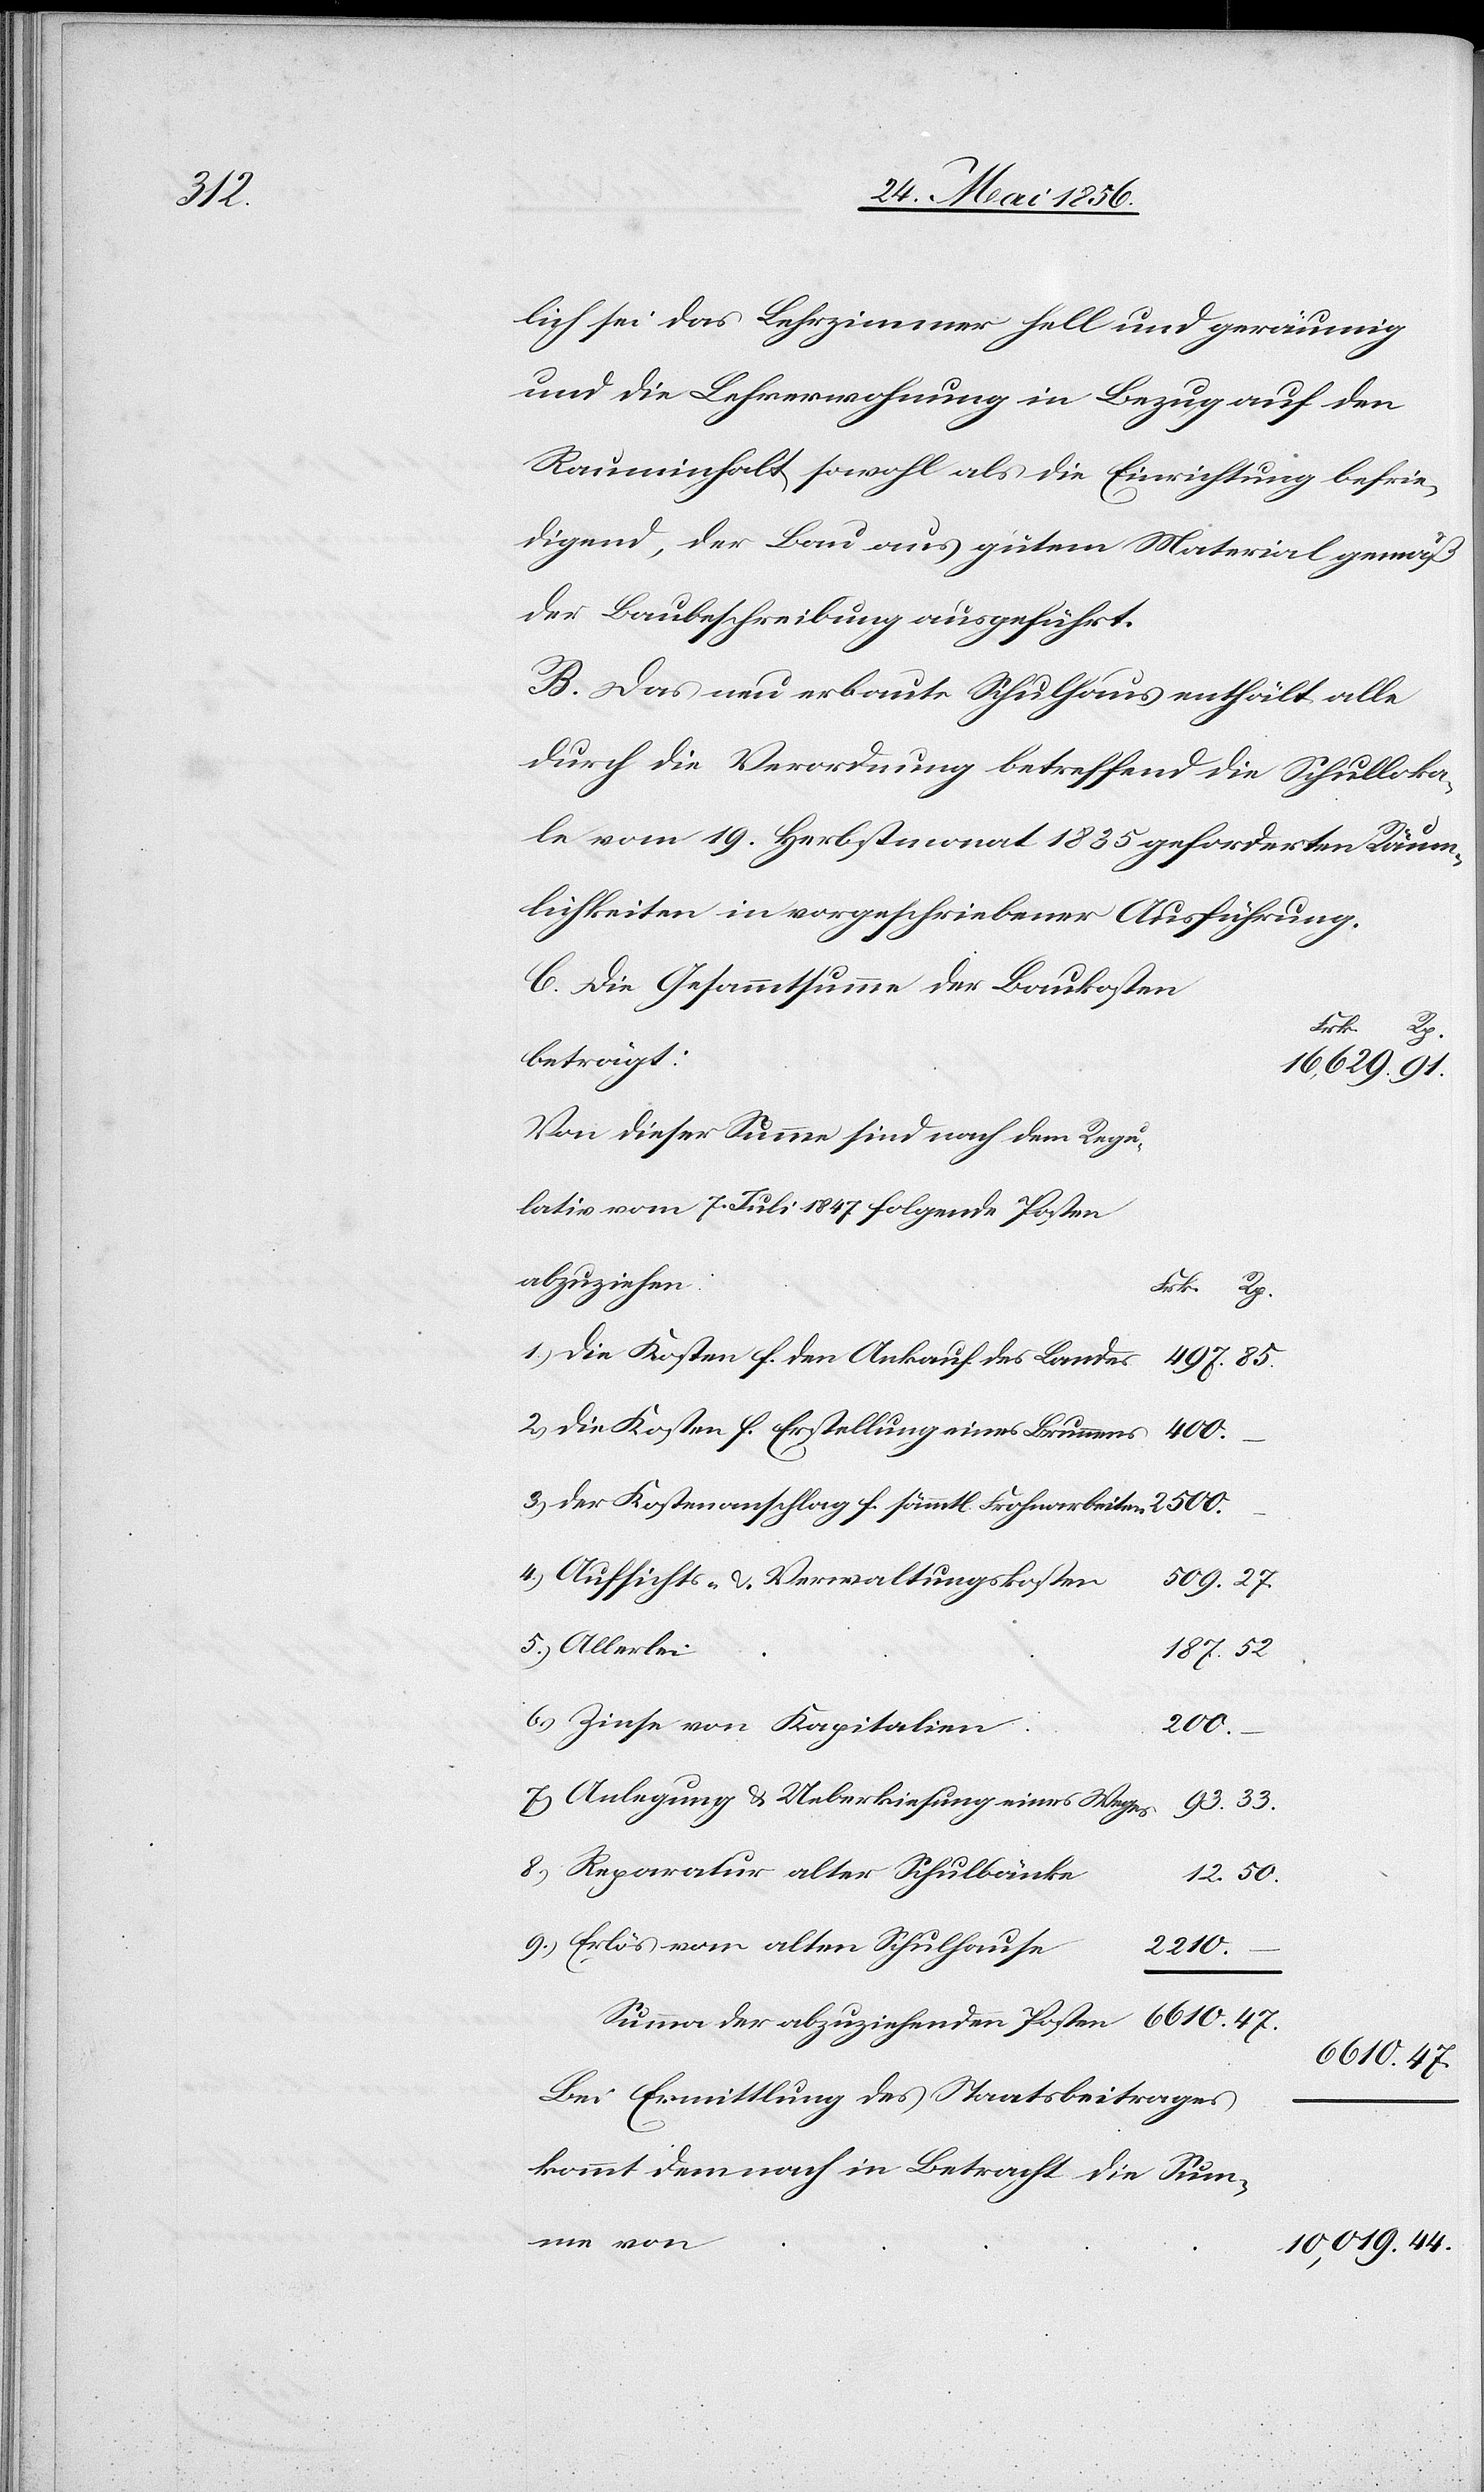
44.

lich sei das Lehrzimmer hell und geräumig
und die Lehrerwohnung in Bezug auf den
Rauminhalt sowohl als die Einrichtung befrie¬
digend, der Bau aus gutem Material gemäß
der Baubeschreibung ausgeführt.
B. Das neu erbaute Schulhaus enthält alle
durch die Verordnung betreffend die Schulloka¬
le vom 19. Herbstmonat 1835 geforderten Räum¬
lichkeiten in vorgeschriebener Ausführung.
C. Die Gesammtsumme der Baukosten
beträgt:
16,629.
Von dieser Summe sind nach dem Regu¬
lativ vom 7. Juli 1847 folgende Posten
abzuziehen:
1.) die Kosten f. den Ankauf des Landes
2.) die Kosten f. Erstellung eines Brunnens
3.) der Kostenanschlag f. sämmtl. Frohnarbeiten
4.) Aufsichts- & Verwaltungskosten
5.) Allerlei
187.
6.) Zinse von Kapitalien
200.
7.) Anlegung & Ueberkiesung eines Weges
8.) Reparatur alter Schulbänke
9.) Erlös vom alten Schulhause
2210.
Summa der abzuziehenden Posten
6610.
Bei Ermittlung des Staatsbeitrages
kommt demnach in Betracht die Sum¬
me von
10,019.